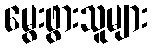
မွေးဖွားသူများ